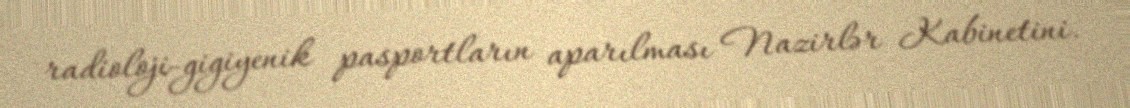
radioloji-gigiyenik pasportların aparılması Nazirlər Kabinetini.